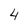
Character: 4